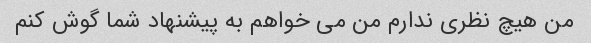
من هیچ نظری ندارم من می خواهم به پیشنهاد شما گوش کنم